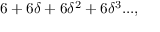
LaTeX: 6 + 6 \delta + 6 \delta ^ { 2 } + 6 \delta ^ { 3 } . . . ,